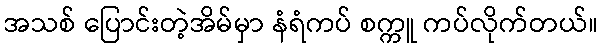
အသစ် ပြောင်းတဲ့အိမ်မှာ နံရံကပ် စက္ကူ ကပ်လိုက်တယ်။